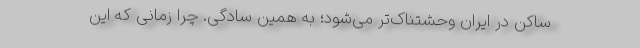
ساکن در ایران وحشتناک‌تر می‌شود؛ به همین سادگی. چرا زمانی که این